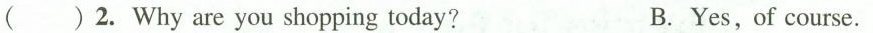
( )2.Why are you shopping today? B. Yes,of course.